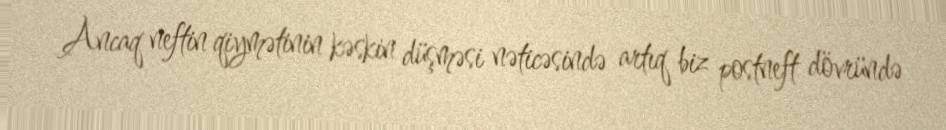
Ancaq neftin qiymətinin kəskin düşməsi nəticəsində artıq biz postneft dövründə